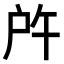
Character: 𢨵